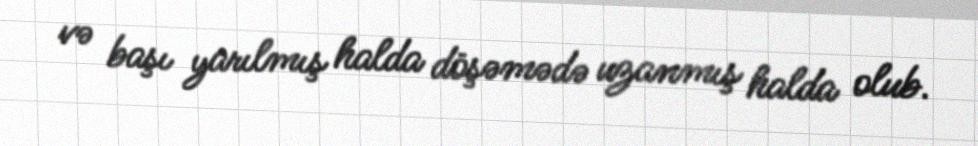
və başı yarılmış halda döşəmədə uzanmış halda olub.